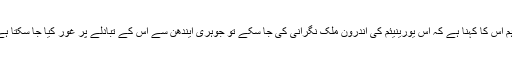
تاہم اس کا کہنا ہے کہ اس یورینیئم کی اندرون ملک نگرانی کی جا سکے تو جوہری ایندھن سے اس کے تبادلے پر غور کیا جا سکتا ہے۔